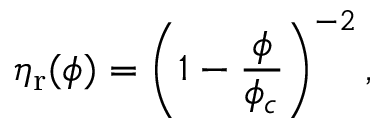
\eta _ { \mathrm { r } } ( \phi ) = \left( 1 - \frac { \phi } { \phi _ { c } } \right) ^ { - 2 } ,